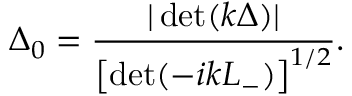
\Delta _ { 0 } = \frac { | \operatorname * { d e t } ( k \Delta ) | } { \left[ \operatorname * { d e t } ( - i k L _ { - } ) \right] ^ { 1 / 2 } } .